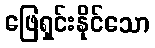
ဖြေရှင်းနိုင်သော